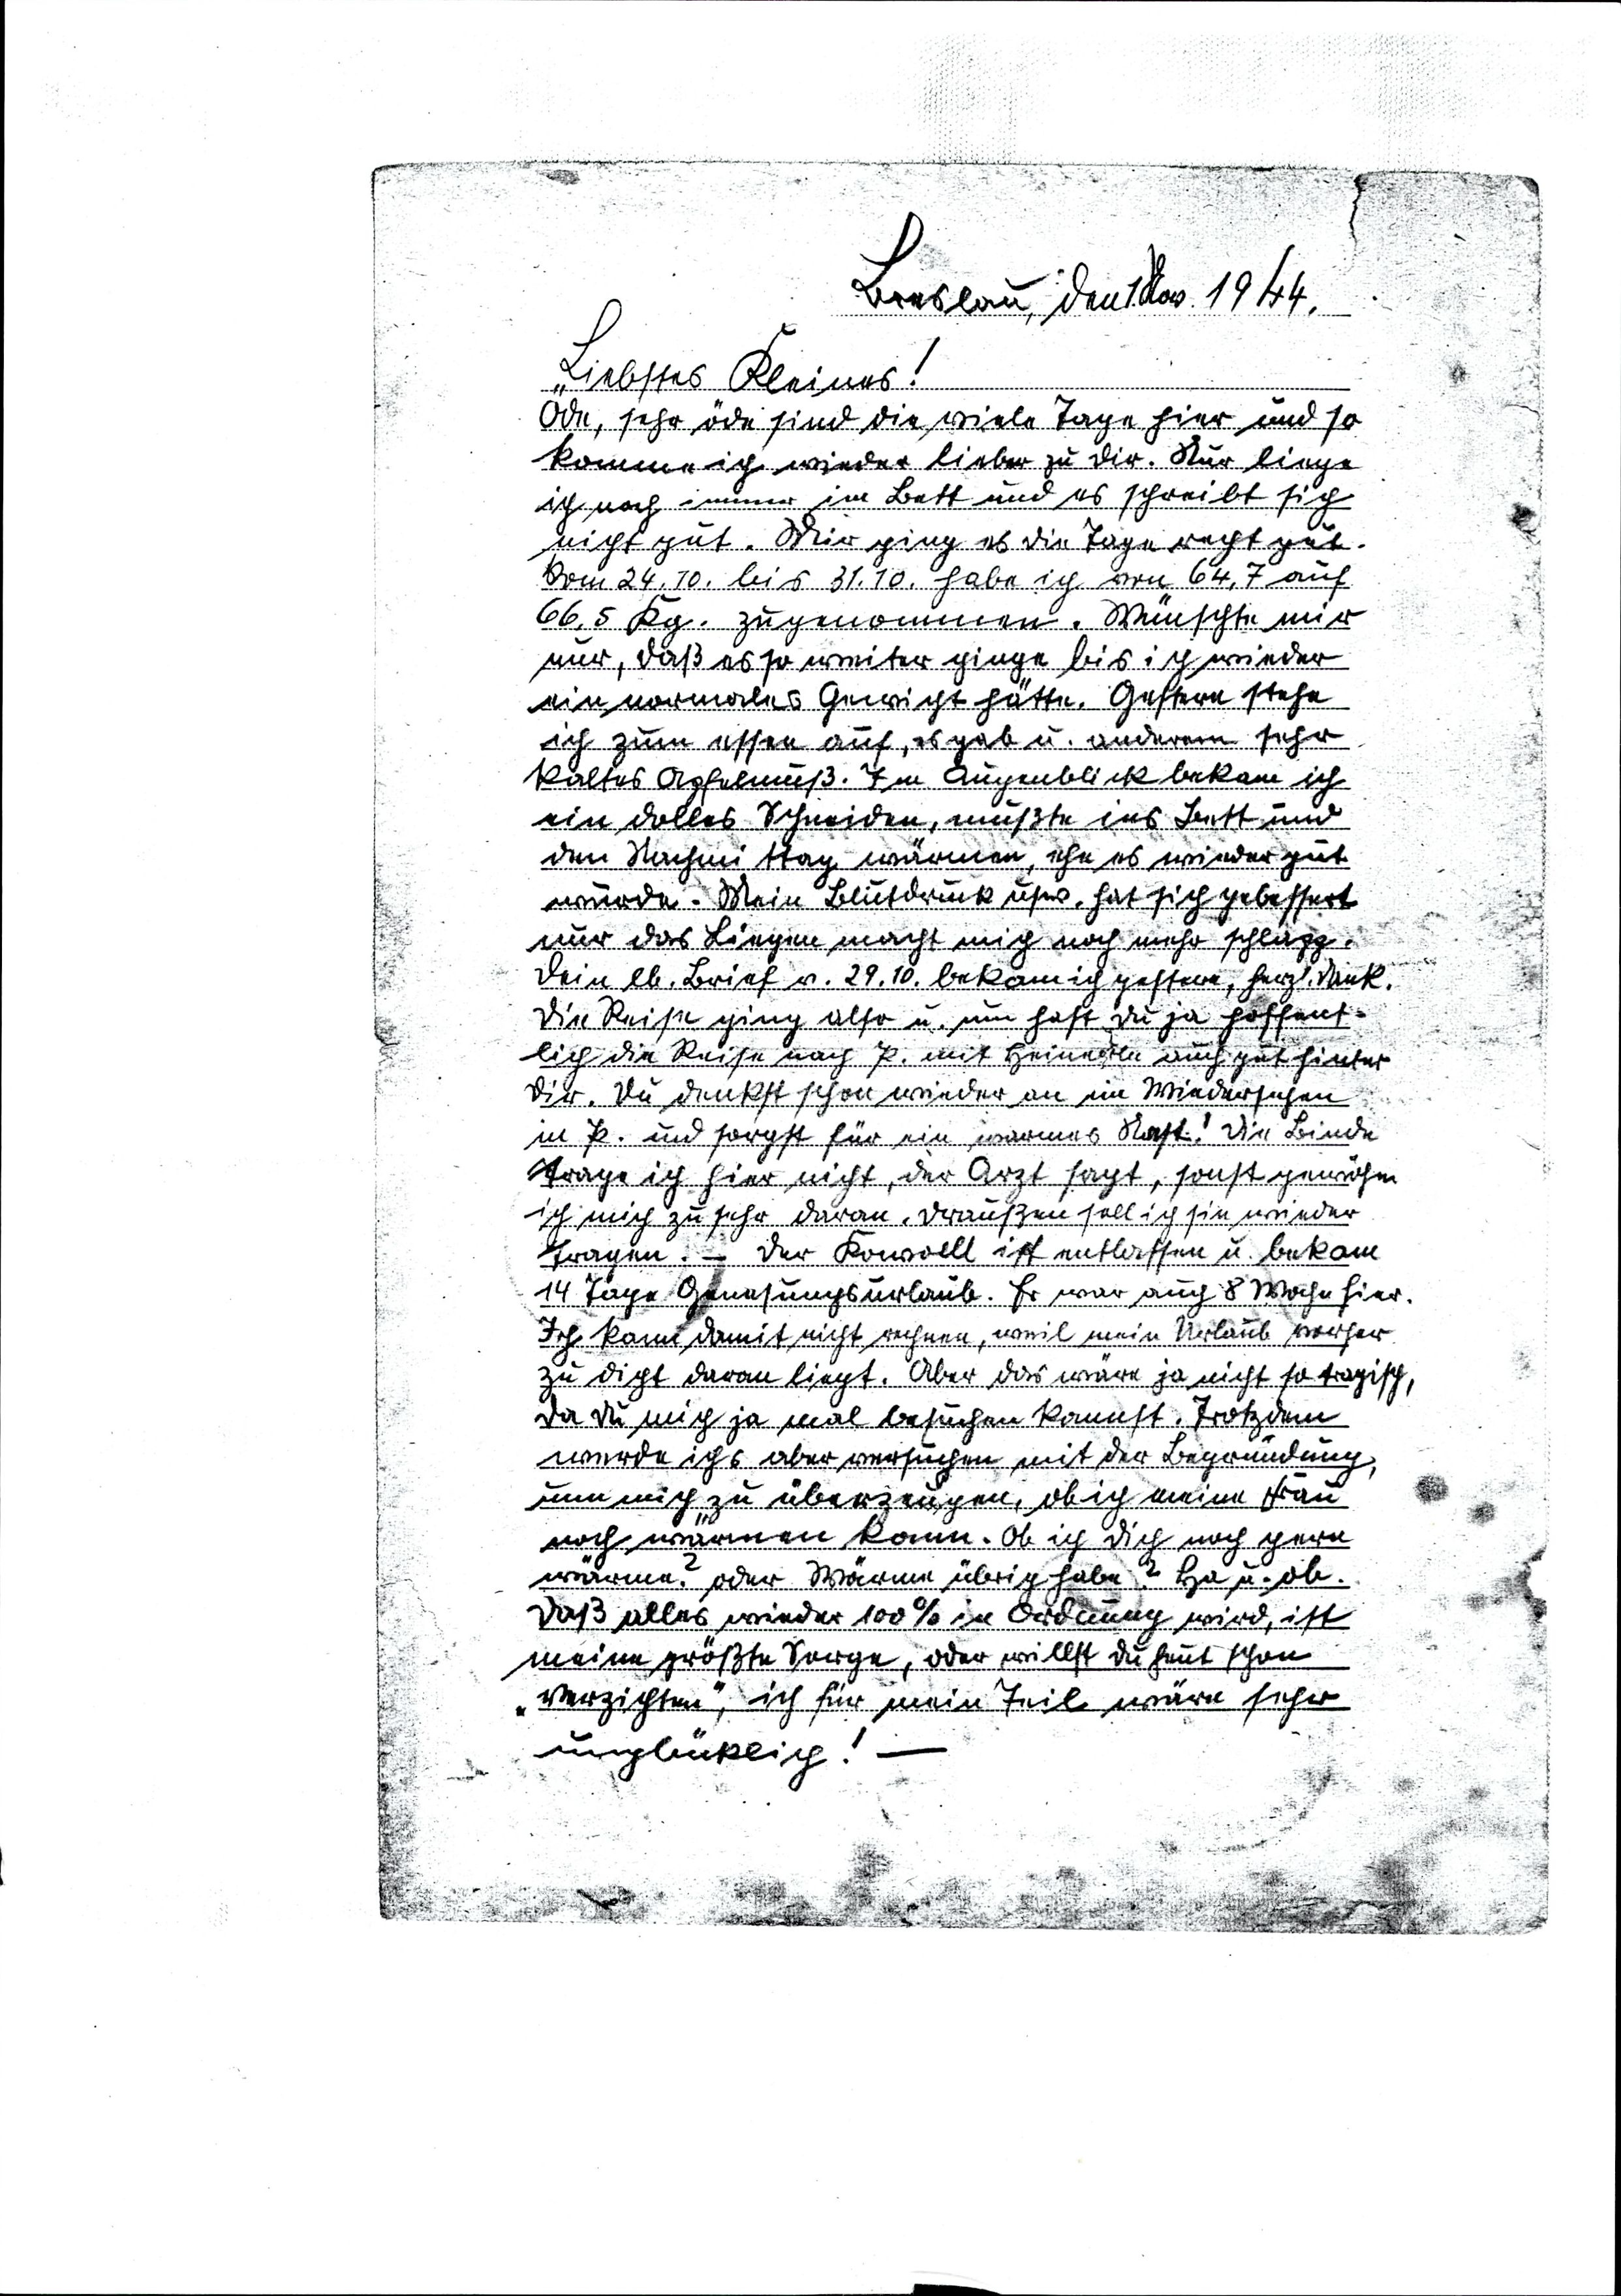
Breslau, den 1. Nov. 1944
Liebstes Kleines!
Öde, sehr öde sind die viele Tage hier und so
komme ich wieder lieber zu Dir. Nur liege
ich noch immer im Bett und es schreibt sich
nicht gut. Mir ging es die Tage recht gut.
Vom 24.10. bis 31.10 habe ich von 64,7 auf
66,5 Kg. zugenommen. Wünsche mir
nur, daß es so weiter ginge bis ich wieder
ein normales Gewicht hätte. Gestern stehe
ich zum essen auf, es gab u. anderem sehr
kaltes Apfelmuß. Im Augenblick bekam ich
ein dolles Schneiden, mußte ins Bett und
den Nachmittag wärmen, ehe es wieder gut
wurde. Mein Blutdruck usw. hat sich gebessert
nur das Liegen macht mich noch mehr schlapp.
Dein lb. Brief v. 29.10. bekam ich gestern, herzl. Dank.
Die Reise ging also u. nun hast Du ja hoffent¬
lich die Reise nach K. mit Heinerle auch gut hinter
Dir. Du denkst schon wieder an ein Wiedersehen
in K. und sorgst für ein warmes Nest! Die Binde
trage ich hier nicht, der Arzt sagt, sonst gewöhne
ich mich zu sehr daran, draußen soll ich sie wieder
tragen. - Der Kowollt ist entlassen u. bekam
14 Tage Genesungsurlaub. Er war auch 8 Woche hier.
Ich kann damit nicht rechnen, weil mein Urlaub vorher
zu dicht daran liegt. Aber das wäre ja nicht so tragisch,
da Du mich ja mal besuchen kannst. Trotzdem
werde ichs aber versuchen mit der Begründung,
um mich zu überzeugen, ob ich meine Frau
noch wärmen kann. Ob ich Dich noch gern
wärme? oder Wärme übrig habe? Ha u. ob.
Daß alles wieder 100% in Ordnung wird, ist
meine größte Sorge, oder willst Du heut schon
"verzichten", ich für mein Teil wäre sehr
unglücklich! -